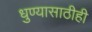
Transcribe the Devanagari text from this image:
धुण्यासाठीही